Indian journal of veterinary science and animal husbandry - Volume 14,
Year: 1944
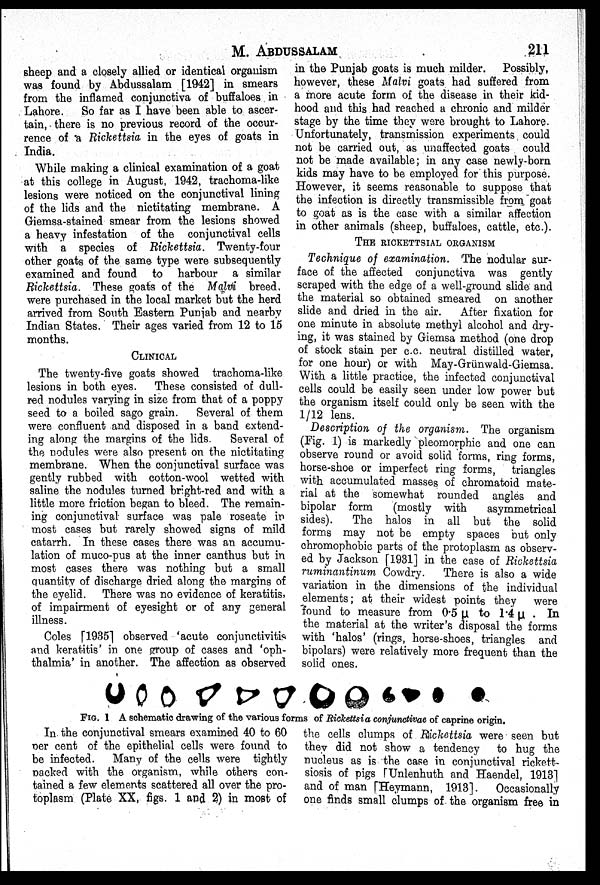
M.
ABDUSSALAM
211
sheep and a closely allied or identical organism
was found by Abdussalam [1942] in smears
from the inflamed conjunctiva of buffaloes in
Lahore.
So far as I have been able to ascer-
tain, there is no previous record of the occur-
rence of a Rickettsia in the eyes of goats in
India.
While making a clinical examination of a goat
at this college in August, 1942, trachoma-like
lesions were noticed on the conjunctival lining
of the lids and the nictitating membrane. A
Giemsa-stained smear from the lesions showed
a heavy infestation of the conjunctival cells
with a species of Rickettsia.
Twenty-four
other goats of the same type were subsequently
examined and found to harbour a similar
Rickettsia. These goats of the Malvi breed,
were purchased in the local market but the herd
arrived from South Eastern Punjab and nearby
Indian States. Their ages varied from 12 to 15
months.
CLINICAL
The twenty-five goats showed trachoma-like
lesions in both eyes.
These consisted of dull-
red nodules varying in size from that of a poppy
seed to a boiled sago grain.
Several of them
were confluent and disposed in a band extend-
ing along the margins of the lids.
Several of
the nodules were also present on the nictitating
membrane. When the conjunctival surface was
gently rubbed with cotton-wool wetted with
saline the nodules turned bright-red and with a
little more friction began to bleed. The remain-
ing conjunctival surface was pale roseate in
most cases but rarely showed signs of mild
catarrh. In these cases there was an accumu-
lation of muco-pus at the inner canthus but in
most cases there was nothing but a small
quantity of discharge dried along the margins of
the eyelid. There was no evidence of keratitis,
of impairment of eyesight or of any general
illness.
Coles [1935] observed 'acute conjunctivitis
and keratitis' in one group of cases and 'oph-
thalmia' in another. The affection as observed
in the Punjab goats is much milder.
Possibly,
however, these Malvi goats had suffered from
a more acute form of the disease in their kid-
hood and this had reached a chronic and milder
stage by the time they were brought to Lahore.
Unfortunately, transmission experiments could
not be carried out, as unaffected goats could
not be made available; in any case newly-born
kids may have to be employed for this purpose.
However, it seems reasonable to suppose that
the infection is directly transmissible from goat
to goat as is the case with a similar affection
in other animals (sheep, buffaloes, cattle, etc.).
THE RICKETTSIAL ORGANISM
Technique of examination. The nodular sur-
face of the affected conjunctiva was gently
scraped with the edge of a well-ground slide and
the material so obtained smeared on another
slide and dried in the air.
After fixation for
one minute in absolute methyl alcohol and dry-
ing, it was stained by Giemsa method (one drop
of stock stain per c.c. neutral distilled water,
for one hour) or with May-Grünwald-Giemsa.
With a little practice, the infected conjunctival
cells could be easily seen under low power but
the organism itself could only be seen with the
1/12 lens.
Description of the organism. The organism
(Fig. 1) is markedly pleomorphic and one can
observe round or avoid solid forms, ring forms,
horse-shoe or imperfect ring forms,
triangles
with accumulated masses of chromatoid mate-
rial at the somewhat rounded angles and
bipolar form
(mostly with
asymmetrical
sides).
The halos in all but the solid
forms may not be empty spaces but only
chromophobic parts of the protoplasm as observ-
ed by Jackson [1931] in the case of Rickettsia
ruminantinum Cowdry.
There is also a wide
variation in the dimensions of the individual
elements; at their widest points they
were
found to measure from 0.5 µ to 1.4 µ . In
the material at the writer's disposal the forms
with 'halos' (rings, horse-shoes, triangles and
bipolars) were relatively more frequent than the
solid ones.
FIG. 1 A schematic drawing of the various forms of Rickettsia conjunctivae of caprine origin.
In the conjunctival smears examined 40 to 60
per cent of the epithelial cells were found to
be infected.
Many of the cells were tightly
packed with the organism, while others con-
tained a few elements scattered all over the pro-
toplasm (Plate XX, figs. 1 and 2) in most of
the cells clumps of Rickettsia were seen but
they did not show a tendency
to hug the
nucleus as is the case in conjunctival rickett-
siosis of pigs [Unlenhuth and Haendel, 1913]
and of man [Heymann, 1913].
Occasionally
one finds small clumps of the organism free in